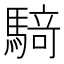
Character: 𮪍